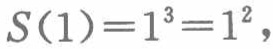
\(S(1)=1^{3}=1^{2},\)